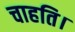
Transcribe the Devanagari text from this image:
चाहति।